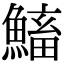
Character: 𩹱